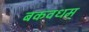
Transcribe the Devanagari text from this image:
बकवधम्